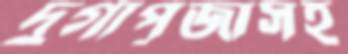
দুর্গাপূজাসহ